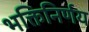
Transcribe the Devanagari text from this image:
भक्तिनिर्णय